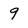
Character: 9